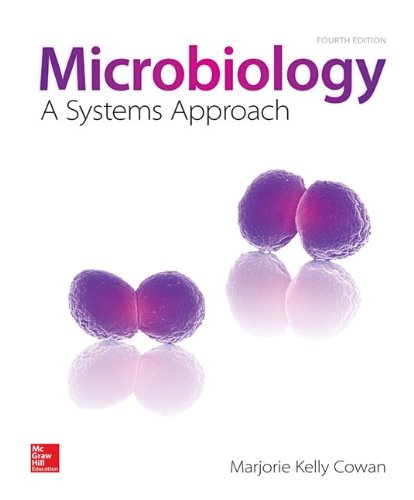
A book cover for Microbiology: A Systems Approach; Marjorie Kelly Cowan; Medical Books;